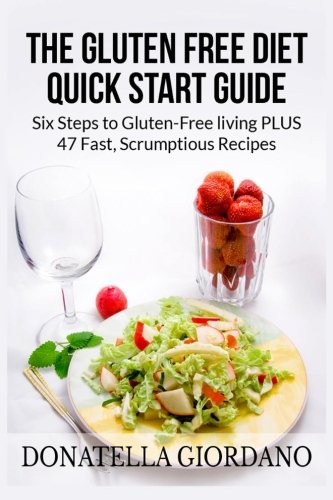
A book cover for The Gluten Free Diet Quick Start Guide: Six Steps to Gluten-Free living PLUS 47 Fast, Scrumptious Recipes; Donatella Giordano; Health, Fitness & Dieting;